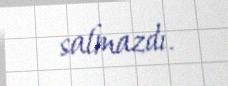
salmazdı.